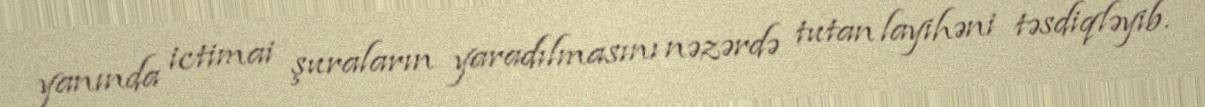
yanında ictimai şuraların yaradılmasını nəzərdə tutan layihəni təsdiqləyib.